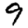
Digit: 9